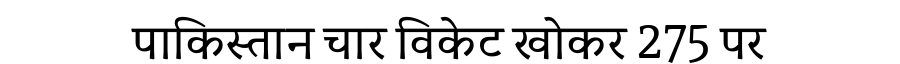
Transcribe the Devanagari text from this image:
पाकिस्तान चार विकेट खोकर 275 पर